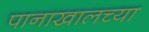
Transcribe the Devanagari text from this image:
पानाखालच्या